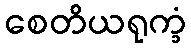
စေတိယရုက္ခံ